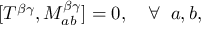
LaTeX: [ T ^ { \beta \gamma } , M _ { a b } ^ { \beta \gamma } ] = 0 , \quad \forall \; \; a , b ,